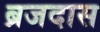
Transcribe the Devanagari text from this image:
ब्रजदास